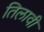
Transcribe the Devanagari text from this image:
तिलावी